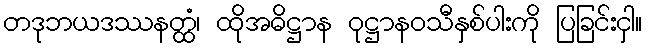
တဒုဘယဒဿနတ္ထံ၊ ထိုအဓိဋ္ဌာန ဝုဋ္ဌာနဝသီနှစ်ပါးကို ပြခြင်းငှါ။